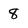
Character: 8